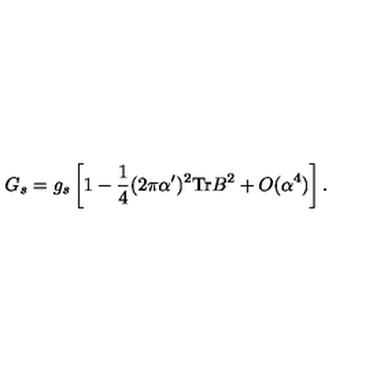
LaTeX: G _ { s } = g _ { s } \left[ 1 - \frac { 1 } { 4 } ( 2 \pi \alpha ^ { \prime } ) ^ { 2 } \mathrm { T r } B ^ { 2 } + O ( \alpha ^ { 4 } ) \right] .